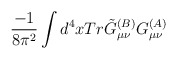
\begin{align*}\frac{-1}{8\pi^2}\int d^4xTr\tilde{G}_{\mu\nu}^{(B)}G_{\mu\nu}^{(A)}\end{align*}